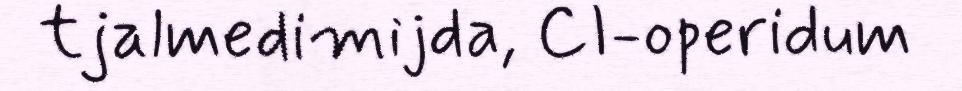
tjalmedimijda, CI-operidum